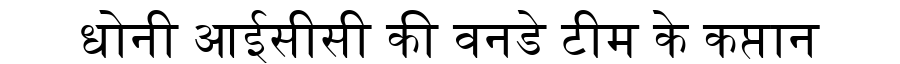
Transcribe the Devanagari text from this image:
धोनी आईसीसी की वनडे टीम के कप्तान